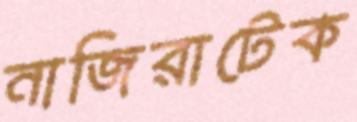
নাজিরাটেক